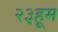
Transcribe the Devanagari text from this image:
२३हूम